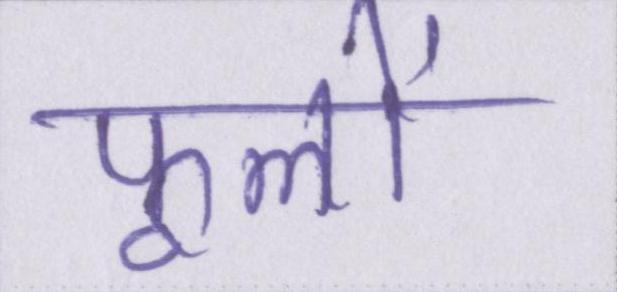
फूलों